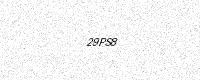
Text: 29PS8